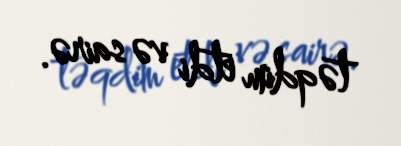
təqdim etdi və sairə.